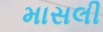
માસલી